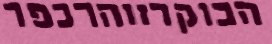
הבוקרזוהרכפר